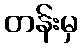
တန်းမှ